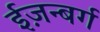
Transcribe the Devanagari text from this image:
ईज़न्बर्ग